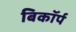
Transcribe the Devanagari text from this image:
बिकॉर्प